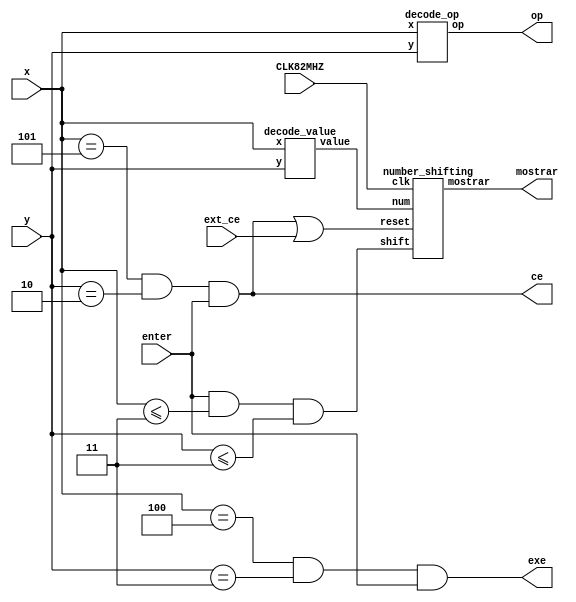
//este modulo es un wrapper, instancia otros modulos que estan descritos mas abajo
//lo que hace es armar el numero que se muestra en el visor de la calc
//le pasa las coordenadas del cuadro que esta en rojo en este momento al modulo decode_value
//y ese modulo devuelve el numero o letra correspondiente al recuadro
//con ese numero, cuando se apriete enter se va a correr todos los digitos un espacio a la 
//izq para insertar este a la derecha
//las salidas exe y ce tienen un pulso de duracion
module input_handler(
    input CLK82MHZ,
    input [2:0] x,
    input [1:0] y,
    input enter,
    input ext_ce,
    output ce,
    output exe,
    output [2:0]op,
    output [39:0] mostrar
);
    assign ce = ((x==3'd5)&(y==2'd2)&(enter));
    assign exe = ((x==3'd4)&(y==2'd3)&(enter));
    wire [3:0] num;
    decode_value val_1(.x(x),.y(y),.value(num));
    number_shifting shift_1(
        .clk(CLK82MHZ),
        .shift(enter&(x<=3'd3)&(y<=2'd3)), //que solo ingrese el digito si esta dentro de los cuadros que corresponden a digitos
        .num(num),
        .mostrar(mostrar), 
        .reset(ce|ext_ce)//que se resetee tanto si selecciono ce en la interfaz o si la calc lo requiere
    );
    decode_op op_1(.x(x), .y(y), .op(op));
endmodule

//devuelve el valor del numero o letra(hex) en la casilla en que se encuentra el cursor
//lo devuelve SIEMPRE, no solo cuando se aprieta enter, ojo con eso
module decode_value(
    input [2:0] x,
    input [1:0] y,
    output reg [3:0] value
);
    wire [4:0] coord;
    assign coord = {x,y};
    always@(*)
    begin
        case(coord)
            5'b00000: value = 4'd0;
            5'b00100: value = 4'd1;
            5'b01000: value = 4'd2;
            5'b01100: value = 4'd3;
            5'b00001: value = 4'd4;
            5'b00101: value = 4'd5;
            5'b01001: value = 4'd6;
            5'b01101: value = 4'd7;
            5'b00010: value = 4'd8;
            5'b00110: value = 4'd9;
            5'b01010: value = 4'd10;
            5'b01110: value = 4'd11;
            5'b00011: value = 4'd12;
            5'b00111: value = 4'd13;
            5'b01011: value = 4'd14;
            5'b01111: value = 4'd15;
            default: value = 4'd0;
        endcase
    end
endmodule

//devuelve el valor de la operacion en la casilla en que se encuentra el cursor
//lo devuelve SIEMPRE, no solo cuando se aprieta enter, ojo con eso
module decode_op(
    input [2:0] x,
    input [1:0] y,
    output reg [2:0] op
);
    wire [4:0] coord;
    assign coord = {x,y};
    always@(*)
    begin
        case(coord)
            5'b10000: op = 3'd1;//+
            5'b10100: op = 3'd2;//-
            5'b10001: op = 3'd3;//*
            5'b10010: op = 3'd4;//&
            5'b10101: op = 3'd5;//|
            default: op = 3'd0;//devuelve 0 si no es una operacion
        endcase
    end
endmodule

module number_shifting(
    input clk,
    input shift,
    input [3:0] num,
    input reset,
    output [39:0] mostrar
    );
    
    reg [3:0] digit0,digit1,digit2,digit3,digit4,digit5,digit6,digit7,digit8,digit9;
    reg [3:0] digit0_next,digit1_next,digit2_next,digit3_next,digit4_next,digit5_next,digit6_next,digit7_next,digit8_next,digit9_next;

    always@(posedge clk)
    begin
        if(reset)
                {digit9,digit8,digit7,digit6,digit5,digit4,digit3,digit2,digit1,digit0} = 40'd0;
        else
        begin
            digit0 <= digit0_next;
            digit1 <= digit1_next;
            digit2 <= digit2_next;
            digit3 <= digit3_next;
            digit4 <= digit4_next;
            digit5 <= digit5_next;
            digit6 <= digit6_next;
            digit7 <= digit7_next;
            digit8 <= digit8_next;
            digit9 <= digit9_next;
        end
    end
    
    always@(*)
    begin
        if(shift)
        begin
            digit9_next = digit8;
            digit8_next = digit7;
            digit7_next = digit6;
            digit6_next = digit5;
            digit5_next = digit4;
            digit4_next = digit3;
            digit3_next = digit2;
            digit2_next = digit1;
            digit1_next = digit0;
            digit0_next = num;
        end
        else
        begin
            digit9_next = digit9;
            digit8_next = digit8;
            digit7_next = digit7;
            digit6_next = digit6;
            digit5_next = digit5;
            digit4_next = digit4;
            digit3_next = digit3;
            digit2_next = digit2;
            digit1_next = digit1;
            digit0_next = digit0;
        end
    end
    
    assign mostrar = {digit9,digit8,digit7,digit6,digit5,digit4,digit3,digit2,digit1,digit0};
    
endmodule

//esta weaita genuina transforma un numero de 40 bits (10 digitos de 4 bits) en una cadena de 10 codigos
//de 8 bits que corresponden a cada digito del visor
module num2line(
    input [39:0]num,
    output [79:0]line
    );
    wire [7:0] pix0,pix1,pix2,pix3,pix4,pix5,pix6,pix7,pix8,pix9;
    num2pix dig0(num[3:0],pix0);
    num2pix dig1(num[7:4],pix1);
    num2pix dig2(num[11:8],pix2);
    num2pix dig3(num[15:12],pix3);
    num2pix dig4(num[19:16],pix4);
    num2pix dig5(num[23:20],pix5);
    num2pix dig6(num[27:24],pix6);
    num2pix dig7(num[31:28],pix7);
    num2pix dig8(num[35:32],pix8);
    num2pix dig9(num[39:36],pix9);
    assign line = {pix9,pix8,pix7,pix6,pix5,pix4,pix3,pix2,pix1,pix0};
endmodule
//esta weaita mapea cada numero en su representacion en caracter (incluso las letras hex)
module num2pix(
    input [3:0] num,
    output reg [7:0] pix
);
    always@(*)
    begin
        case(num)
            4'd0: pix = "0";
            4'd1: pix = "1";
            4'd2: pix = "2";
            4'd3: pix = "3";
            4'd4: pix = "4";
            4'd5: pix = "5";
            4'd6: pix = "6";
            4'd7: pix = "7";
            4'd8: pix = "8";
            4'd9: pix = "9";
            4'd10: pix = "a";
            4'd11: pix = "b";
            4'd12: pix = "c";
            4'd13: pix = "d";
            4'd14: pix = "e";
            4'd15: pix = "f";
        endcase
    end
endmodule